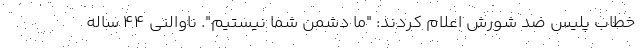
خطاب پلیس ضد شورش اعلام کردند: "ما دشمن شما نیستیم". ناوالنی 44 ساله